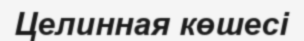
Целинная көшесі